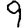
Digit: 9